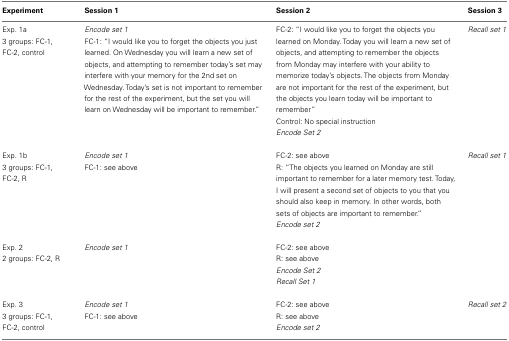
| Experiment | Session 1 | Session 2 | Session 3 |
 | --- | --- | --- | --- |
 | Exp. 1a 3 groups: FC-1, FC-2, control | Encode set 1 FC-1: “I would like you to forget the objects you just learned. On Wednesday you will learn a new set of objects, and attempting to remember today’s set may interfere with your memory for the 2nd set on Wednesday. Today’s set is not important to remember for the rest of the experiment, but the set you will learn on Wednesday will be important to remember.” | FC-2: “I would like you to forget the objects you learned on Monday. Today you will learn a new set of objects, and attempting to remember the objects from Monday may interfere with your ability to memorize today’s objects. The objects from Monday are not important for the rest of the experiment, but the objects you learn today will be important to remember”Control: No special instruction Encode Set 2 | Recall set 1 |
 | Exp. 1b 3 groups: FC-1, FC-2, R | Encode set 1FC-1: see above | FC-2: see aboveR: “The objects you learned on Monday are still important to remember for a later memory test. Today, I will present a second set of objects to you that you should also keep in memory. In other words, both sets of objects are important to remember.”Encode set 2 | Recall set 1 |
 | Exp. 2 2 groups: FC-2, R | Encode set 1 | FC-2: see aboveR: see aboveEncode Set 2Recall Set 1 |  |
 | Exp. 3 3 groups: FC-1, FC-2, control | Encode set 1FC-1: see above | FC-2: see aboveR: see aboveEncode set 2 | Recall set 2 |